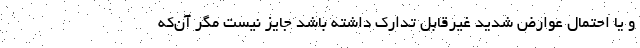
و یا احتمال عوارض شدید غیرقابل تدارک داشته باشد جایز نیست مگر آن‌که